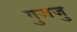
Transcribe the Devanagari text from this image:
गुजजु